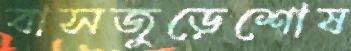
বাসজুড়েশোষ